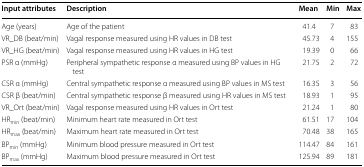
| Input attributes | Description | Mean | Min | Max |
 | --- | --- | --- | --- | --- |
 | Age (years) | Age of the patient | 41.4 | 7 | 83 |
 | VR_DB (beat/min) | Vagal response measured using HR values in DB test | 45.73 | 4 | 155 |
 | VR_HG (beat/min) | Vagal response measured using HR values in HG test | 19.39 | 0 | 66 |
 | PSR α (mmHg) | Peripheral sympathetic response α measured using BP values in HG test | 21.75 | 2 | 72 |
 | CSR α (mmHg) | Central sympathetic response α measured using BP values in MS test | 16.35 | 3 | 56 |
 | CSR β (beat/min) | Central sympathetic response β measured using HR values in MS test | 18.93 | 1 | 95 |
 | VR_Ort (beat/min) | Vagal response measured using HR values in Ort test | 21.24 | 1 | 80 |
 | HRmin (beat/min) | Minimum heart rate measured in Ort test | 61.51 | 17 | 104 |
 | HRmax (beat/min) | Maximum heart rate measured in Ort test | 70.48 | 38 | 165 |
 | BPmin (mmHg) | Minimum blood pressure measured in Ort test | 114.47 | 84 | 161 |
 | BPmax (mmHg) | Maximum blood pressure measured in Ort test | 125.94 | 89 | 181 |